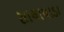
સાલાપાડા